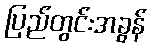
ပြည်တွင်းအခွန်